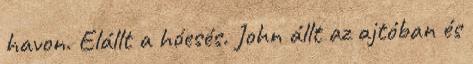
havon. Elállt a hóesés. John állt az ajtóban és